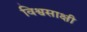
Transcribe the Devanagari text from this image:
विश्वसाक्षी